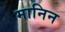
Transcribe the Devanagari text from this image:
मानिन